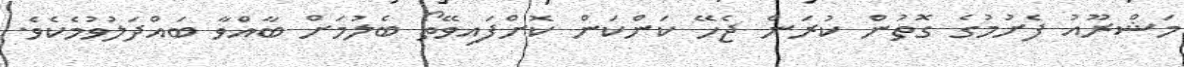
މަޝްރޫއު ފެށުމުގެ ގޮތުން ކުރަން ޖެހޭ ކަންކަން ކޮށްފައިވޭތޯ ބެލުމަށް ބާއްވާ ބައްދަލުވުމެކެވެ.